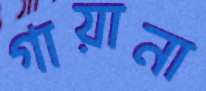
গায়ানা